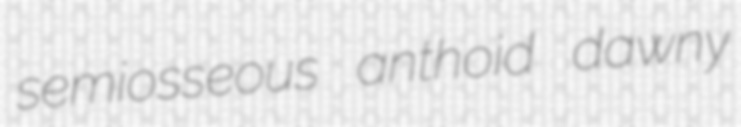
semiosseous anthoid dawny